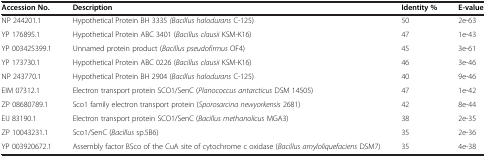
| Accession No. | Description | Identity % | E-value |
 | --- | --- | --- | --- |
 | NP 244201.1 | Hypothetical Protein BH 3335 (Bacillus halodurans C-125) | 50 | 2e-63 |
 | YP 176895.1 | Hypothetical Protein ABC 3401 (Bacillus clausii KSM-K16) | 47 | 1e-43 |
 | YP 003425399.1 | Unnamed protein product (Bacillus pseudofirmus OF4) | 45 | 3e-61 |
 | YP 173730.1 | Hypothetical Protein ABC 0226 (Bacillus clausii KSM-K16) | 46 | 3e-46 |
 | NP 243770.1 | Hypothetical Protein BH 2904 (Bacillus halodurans C-125) | 40 | 9e-46 |
 | EIM 07312.1 | Electron transport protein SCO1/SenC (Planococcus antarcticus DSM 14505) | 47 | 1e-42 |
 | ZP 08680789.1 | Sco1 family electron transport protein (Sporosarcina newyorkensis 2681) | 42 | 8e-44 |
 | EIJ 83190.1 | Electron transport protein SCO1/SenC (Bacillus methanolicus MGA3) | 38 | 2e-35 |
 | ZP 10043231.1 | Sco1/SenC (Bacillus sp.5B6) | 35 | 2e-36 |
 | YP 003920672.1 | Assembly factor BSco of the CuA site of cytochrome c oxidase (Bacillus amyloliquefaciens DSM7) | 35 | 4e-38 |